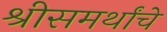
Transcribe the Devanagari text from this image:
श्रीसमर्थांचे